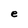
Character: e